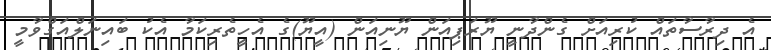
އެ ދިރާސާތައް ކުރިއަށް ގެންދާނީ ޔޫރަޕިއަން ޔޫނިއަން (އީޔޫ)ގެ އެހީތެރިކަމާ އެކު ބައިނަލްއަގްވާމީ